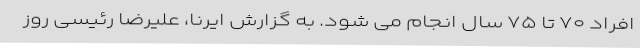
افراد ۷۰ تا ۷۵ سال انجام می شود. به گزارش ایرنا، علیرضا رئیسی روز